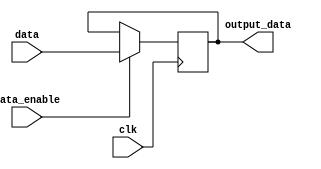
module DataEnableLatch (
    input data,
    input data_enable,
    input clk,
    output reg output_data
);

always @(posedge clk) begin
    if(data_enable) begin
        output_data <= data;
    end
end

endmodule